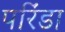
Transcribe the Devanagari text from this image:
परिंडा